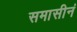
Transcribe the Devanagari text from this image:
समासीनं